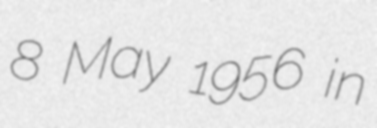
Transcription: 8 May 1956 in